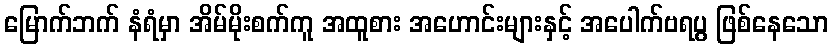
မြောက်ဘက် နံရံမှာ အိမ်မိုးစက်ကူ အထူစား အဟောင်းများနှင့် အပေါက်ဗရပွ ဖြစ်နေသော